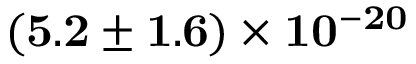
\mathbf { ( 5 . 2 \pm 1 . 6 ) \times 1 0 ^ { - 2 0 } }